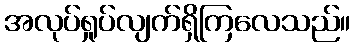
အလုပ်ရှုပ်လျက်ရှိကြလေသည်။